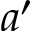
a ^ { \prime }